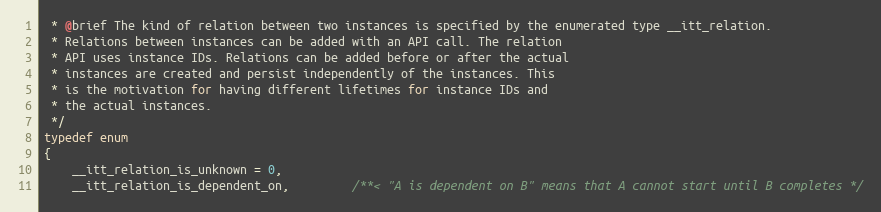
Language: C
 * @brief The kind of relation between two instances is specified by the enumerated type __itt_relation.
 * Relations between instances can be added with an API call. The relation
 * API uses instance IDs. Relations can be added before or after the actual
 * instances are created and persist independently of the instances. This
 * is the motivation for having different lifetimes for instance IDs and
 * the actual instances.
 */
typedef enum
{
    __itt_relation_is_unknown = 0,
    __itt_relation_is_dependent_on,         /**< "A is dependent on B" means that A cannot start until B completes */